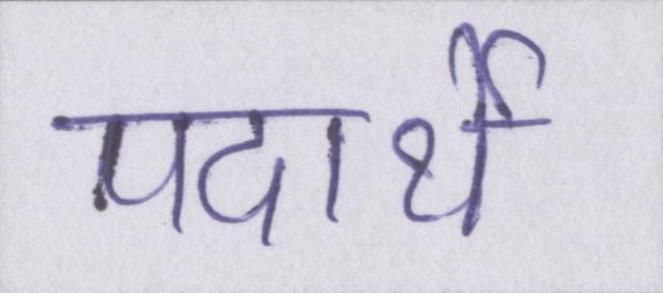
पदार्थे